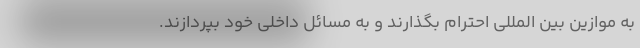
به موازین بین المللی احترام بگذارند و به مسائل داخلی خود بپردازند.